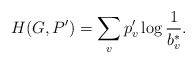
\begin{align*}H(G,P^\prime) = \sum_vp^\prime_v\log\frac{1}{b^*_v}.\end{align*}